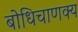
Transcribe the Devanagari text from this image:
बोधिचाणक्य